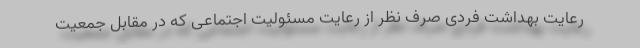
رعایت بهداشت فردی صرف نظر از رعایت مسئولیت اجتماعی که در مقابل جمعیت